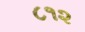
૮૧૨